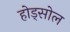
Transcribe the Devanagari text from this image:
होड्सोल